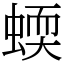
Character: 蝡